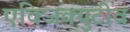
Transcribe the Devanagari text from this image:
एक्जिक्युटीव